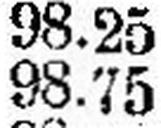
98.75